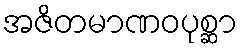
အဇိတမာဏဝပုစ္ဆာ